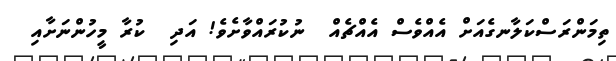
ތިމަންރަސްކަލާނގެއަށް އެއްވެސް އެއްޗެއް  ނުކުރައްވާށެވެ! އަދި  ކުރާ މީހުންނަށާއި